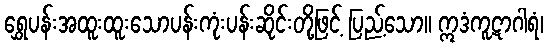
ရွှေပန်းအထူးထူးသောပန်းကုံးပန်းဆိုင်းတို့ဖြင့် ပြည့်သော။ ဣဒံကူဋာဂါရံ၊